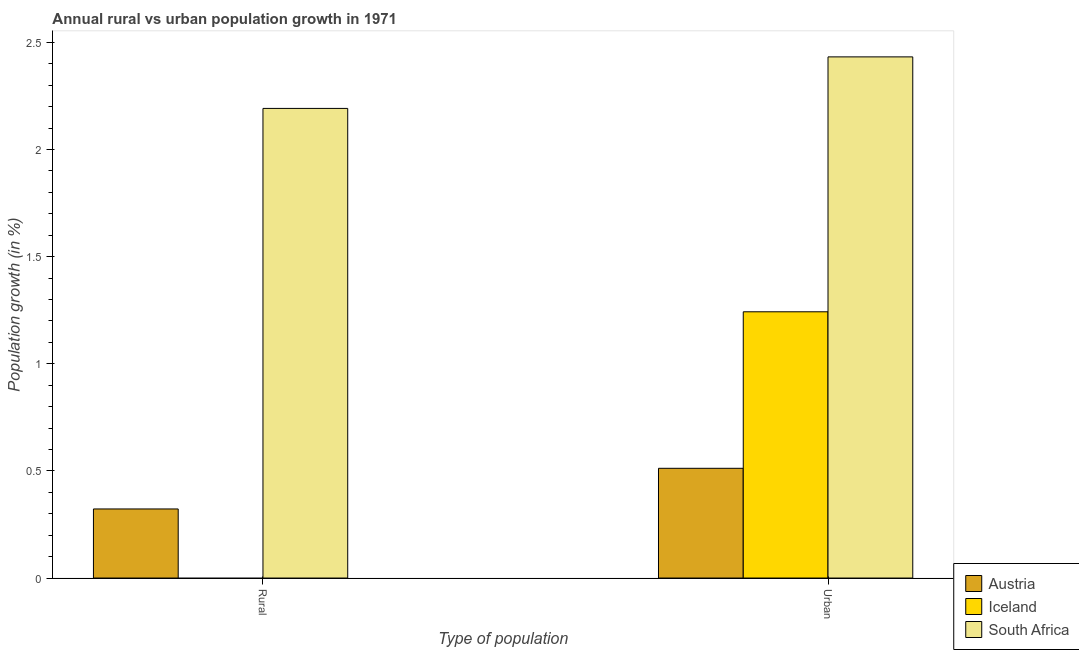
| Type of population | Austria | Iceland | South Africa |
 | --- | --- | --- | --- |
 | Rural | 0.322 | -1.67 | 2.19 |
 | Urban  | 0.512 | 1.24 | 2.43 |